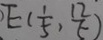
E ( \frac { 1 } { 5 } , \frac { 1 2 } { 5 } )